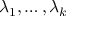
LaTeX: \lambda _ { 1 } , \ldots , \lambda _ { k }